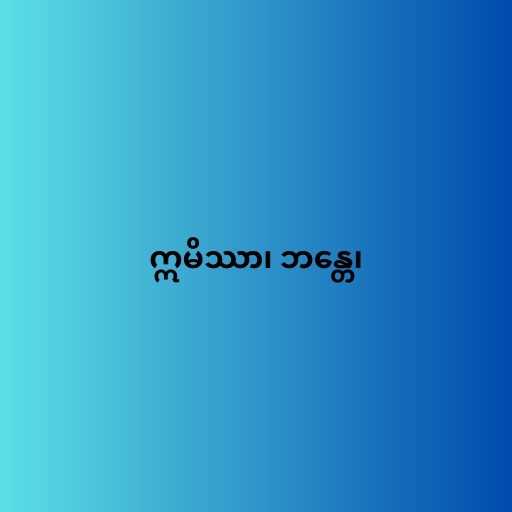
ဣမိဿာ၊ ဘန္တေ၊